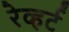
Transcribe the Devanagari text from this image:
रेव्हर्ट